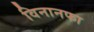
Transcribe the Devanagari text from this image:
विनानफा